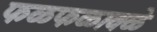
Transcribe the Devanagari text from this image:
फळफळावळे